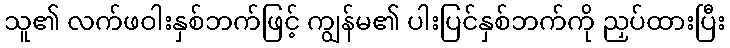
သူ၏ လက်ဖဝါးနှစ်ဘက်ဖြင့် ကျွန်မ၏ ပါးပြင်နှစ်ဘက်ကို ညှပ်ထားပြီး